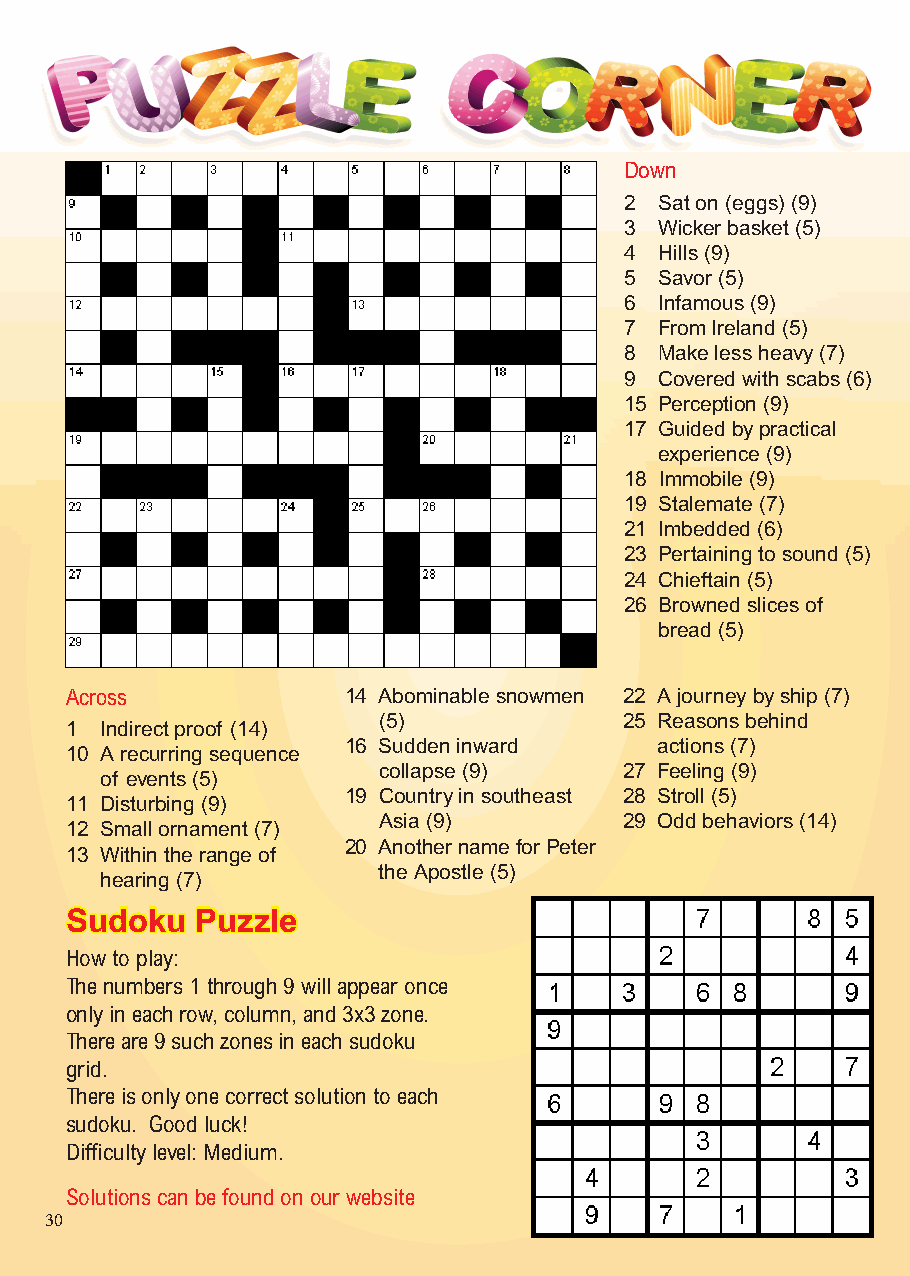
Down
 2  Sat on (eggs) (9)
 3  Wicker basket (5)
 4  Hills (9)
 5  Savor (5)
 6  Infamous (9)
 7  From Ireland (5)
 8  Make less heavy (7)
 9  Covered with scabs (6)
 15 Perception (9)
 17 Guided by practical
 experience (9)
 18 Immobile (9)
 19 Stalemate (7)
 21 Imbedded (6)
 23 Pertaining to sound (5)
 24 Chieftain (5)
 26 Browned slices of
 bread (5)
 Across             14 Abominable snowmen 22 A journey by ship (7)
 (5)             25 Reasons behind
 1  Indirect proof (14)
 16 Sudden inward     actions (7)
 10 A recurring sequence
 collapse (9)    27 Feeling (9)
 of events (5)
 19 Country in southeast 28 Stroll (5)
 11 Disturbing (9)
 Asia (9)        29 Odd behaviors (14)
 12 Small ornament (7)
 20 Another name for Peter
 13 Within the range of
 the Apostle (5)
 hearing (7)
 SSuuddookkuu PPuuzzzzllee
 How to play:
 The numbers 1 through 9 will appear once
 only in each row, column, and 3x3 zone.
 There are 9 such zones in each sudoku
 grid.
 There is only one correct solution to each
 sudoku. Good luck!
 Diffi culty level: Medium.
 Solutions can be found on our website
 30